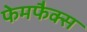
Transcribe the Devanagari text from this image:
फेमफैक्स